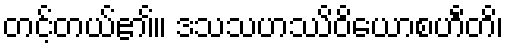
တင့်တယ်၏။ ဒသသဟဿိဝိယောစဟီတိ၊